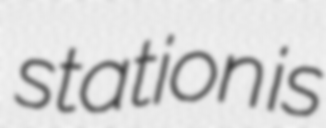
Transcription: station is